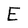
Character: E